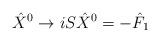
LaTeX: \begin{align*}{\hat X}^0 \rightarrow i S {\hat X}^0 = - {\hat F}_1\end{align*}